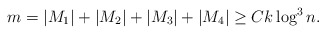
\begin{align*} m = |M_1|+ |M_2|+ |M_3|+ |M_4| \geq Ck\log^3 n.\end{align*}